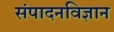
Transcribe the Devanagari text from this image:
संपादनविज्ञान